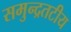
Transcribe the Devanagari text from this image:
समुन्द्रतटीय